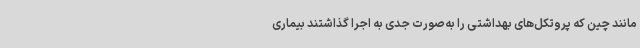
مانند چین که پروتکل‌های بهداشتی را به‌صورت جدی به اجرا گذاشتند بیماری